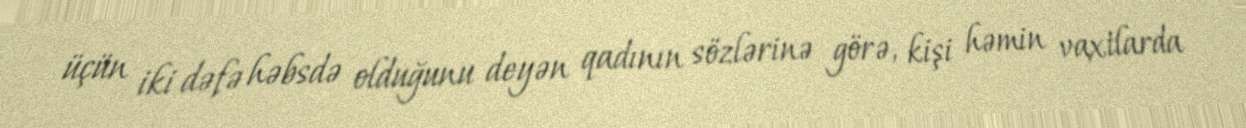
üçün iki dəfə həbsdə olduğunu deyən qadının sözlərinə görə, kişi həmin vaxtlarda